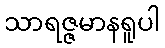
သာရဇ္ဇမာနရူပါ